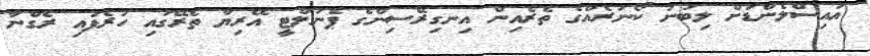
އައިސްލެންޑަށް ލިބުނު ކޯނަރެއްގެ ތެރެއިން އިނގިރޭސިންގެ ޕެނަލްޓީ އޭރިޔާ ތެރޭގައި ހުރެފައި ރެގްނާ